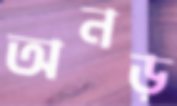
অনড়